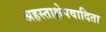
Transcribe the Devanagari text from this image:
अहस्ताक्षेपवादिता